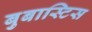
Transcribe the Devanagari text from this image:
बुबास्टिस